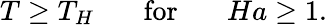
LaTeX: T\geq T_{H}\ \ \ \ \ \ \ \mathrm{for}\ \ \ \ \ \ \ Ha\geq 1.